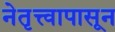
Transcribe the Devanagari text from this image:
नेतृत्त्वापासून